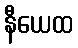
နီယေထ